Report of the Indian Hemp Drugs Commission, 1894-1895 - Volume I
Year: 1894
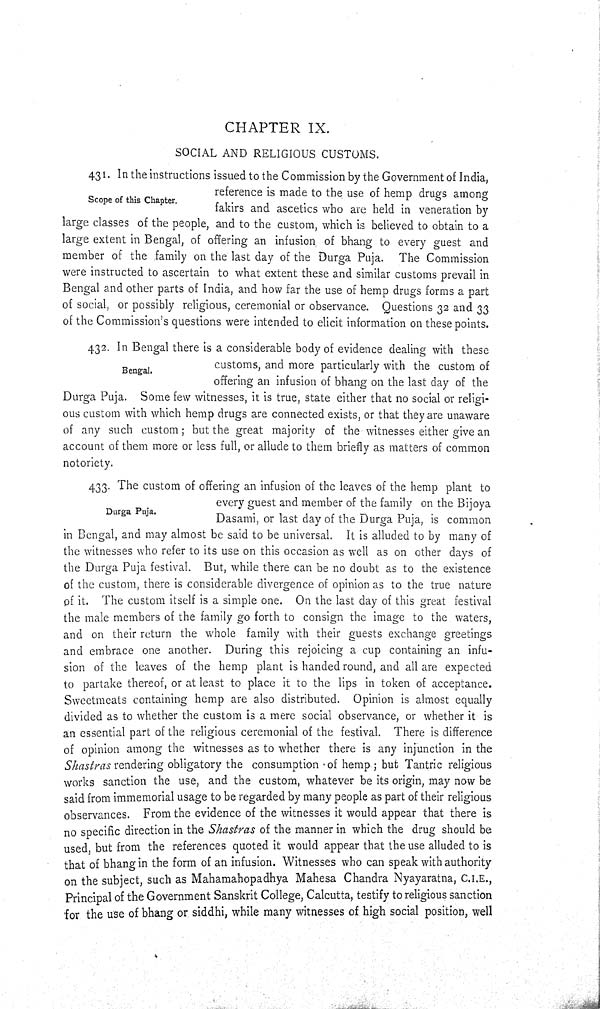
CHAPTER IX.
SOCIAL AND RELIGIOUS CUSTOMS.
Scope of this Chapter.
431. In the instructions issued to the Commission by the Government of India,
reference is made to the use of hemp drugs among
fakirs and ascetics who are held in veneration by
large classes of the people, and to the custom, which is believed to obtain to a
large extent in Bengal, of offering an infusion of bhang to every guest and
member of the family on the last day of the Durga Puja. The Commission
were instructed to ascertain to what extent these and similar customs prevail in
Bengal and other parts of India, and how far the use of hemp drugs forms a part
of social, or possibly religious, ceremonial or observance. Questions 32 and 33
of the Commission's questions were intended to elicit information on these points.
Bengal.
432. In Bengal there is a considerable body of evidence dealing with these
customs, and more particularly with the custom of
offering an infusion of bhang on the last day of the
Durga Puja. Some few witnesses, it is true, state either that no social or religi-
ous custom with which hemp drugs are connected exists, or that they are unaware
of any such custom; but the great majority of the witnesses either give an
account of them more or less full, or allude to them briefly as matters of common
notoriety.
Durga Puja.
433. The custom of offering an infusion of the leaves of the hemp plant to
every guest and member of the family on the Bijoya
Dasami, or last day of the Durga Puja, is common
in Bengal, and may almost be said to be universal. It is alluded to by many of
the witnesses who refer to its use on this occasion as well as on other days of
the Durga Puja festival. But, while there can be no doubt as to the existence
of the custom, there is considerable divergence of opinion as to the true nature
of it. The custom itself is a simple one. On the last day of this great festival
the male members of the family go forth to consign the image to the waters,
and on their return the whole family with their guests exchange greetings
and embrace one another. During this rejoicing a cup containing an infu-
sion of the leaves of the hemp plant is handed round, and all are expected
to partake thereof, or at least to place it to the lips in token of acceptance.
Sweetmeats containing hemp are also distributed. Opinion is almost equally
divided as to whether the custom is a mere social observance, or whether it is
an essential part of the religious ceremonial of the festival. There is difference
of opinion among the witnesses as to whether there is any injunction in the
Shastras rendering obligatory the consumption of hemp; but Tantric religious
works sanction the use, and the custom, whatever be its origin, may now be
said from immemorial usage to be regarded by many people as part of their religious
observances. From the evidence of the witnesses it would appear that there is
no specific direction in the Shastras of the manner in which the drug should be
used, but from the references quoted it would appear that the use alluded to is
that of bhang in the form of an infusion. Witnesses who can speak with authority
on the subject, such as Mahamahopadhya Mahesa Chandra Nyayaratna, C.I.E.,
Principal of the Government Sanskrit College, Calcutta, testify to religious sanction
for the use of bhang or siddhi, while many witnesses of high social position, well